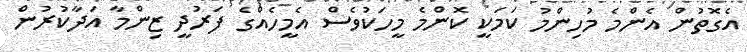
އެގޮތުން އެންމެ މުހިންމު ކަމަކީ ކޮންމެ މީހަކުވެސް އެމީހެއްގެ ފަރުދީ ޒިންމާ އަދާކުރުން